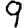
Digit: 9